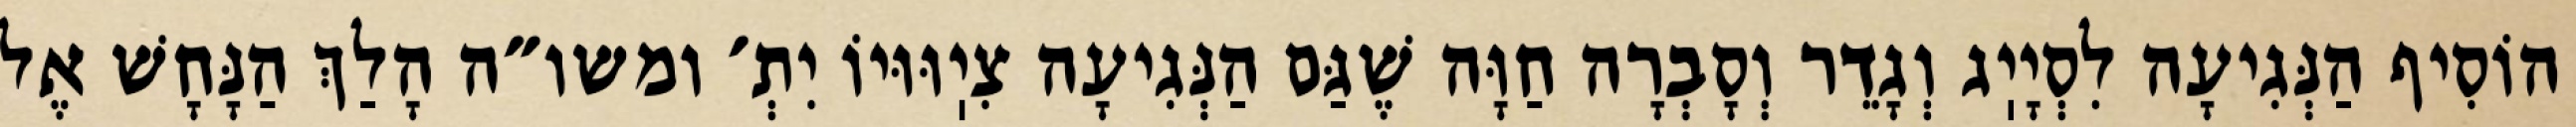
הוֹסִיף הַנְּגִיעָה לִסְיָיֽג וְגָדֵר וְסָבְרָה חַוָּה שֶׁגַּם הַנְּגִיעָה צִיֽוּוּיוֹ יִתְ׳ ומשו״ה הָלַךְ הַנָּחָשׁ אֶל